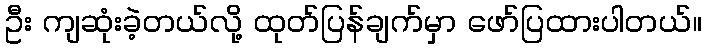
ဦး ကျဆုံးခဲ့တယ်လို့ ထုတ်ပြန်ချက်မှာ ဖော်ပြထားပါတယ်။